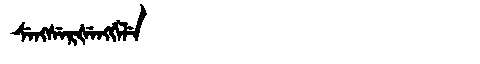
Manchu: ᠰᡝᠩᠰᡝᡵᡧᡝᠩᡤᡝᠯᡝ
Romanization: SENGSERŠENGGELE